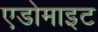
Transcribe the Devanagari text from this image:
एडोमाइट